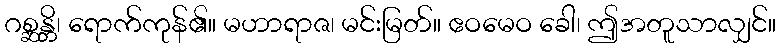
ဂစ္ဆန္တိ၊ ရောက်ကုန်၏။ မဟာရာဇ၊ မင်းမြတ်။ ဧဝမေဝ ခေါ၊ ဤအတူသာလျှင်။